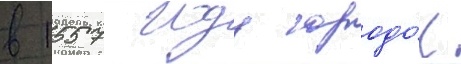
в 1557 году городо́к